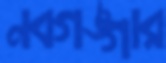
নবগঙ্গার